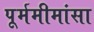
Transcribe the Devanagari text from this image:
पूर्ममीमांसा